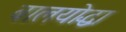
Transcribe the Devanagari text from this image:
बालयोद्धा